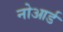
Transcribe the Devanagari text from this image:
नोआर्ड